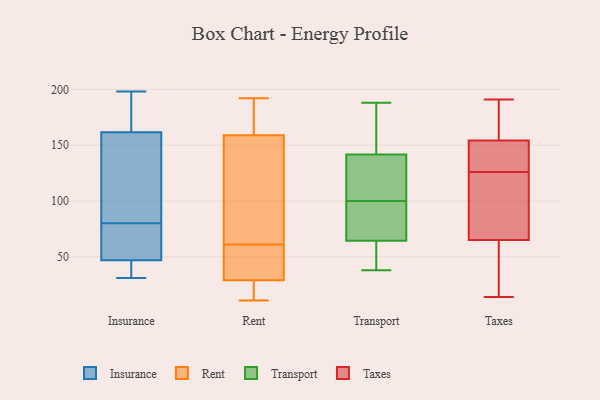
{"axis": {"x": "Satisfaction Score", "y": "Value"}, "legend": ["Insurance", "Rent", "Taxes", "Transport"], "data": [{"x": "", "y": 80, "type": "Insurance"}, {"x": "", "y": 47, "type": "Insurance"}, {"x": "", "y": 47, "type": "Insurance"}, {"x": "", "y": 31, "type": "Insurance"}, {"x": "", "y": 163, "type": "Insurance"}, {"x": "", "y": 198, "type": "Insurance"}, {"x": "", "y": 74, "type": "Insurance"}, {"x": "", "y": 153, "type": "Insurance"}, {"x": "", "y": 157, "type": "Insurance"}, {"x": "", "y": 183, "type": "Insurance"}, {"x": "", "y": 36, "type": "Insurance"}, {"x": "", "y": 41, "type": "Rent"}, {"x": "", "y": 13, "type": "Rent"}, {"x": "", "y": 11, "type": "Rent"}, {"x": "", "y": 61, "type": "Rent"}, {"x": "", "y": 141, "type": "Rent"}, {"x": "", "y": 44, "type": "Rent"}, {"x": "", "y": 69, "type": "Rent"}, {"x": "", "y": 21, "type": "Rent"}, {"x": "", "y": 25, "type": "Rent"}, {"x": "", "y": 192, "type": "Rent"}, {"x": "", "y": 122, "type": "Rent"}, {"x": "", "y": 45, "type": "Rent"}, {"x": "", "y": 176, "type": "Rent"}, {"x": "", "y": 169, "type": "Rent"}, {"x": "", "y": 165, "type": "Rent"}, {"x": "", "y": 100, "type": "Transport"}, {"x": "", "y": 78, "type": "Transport"}, {"x": "", "y": 67, "type": "Transport"}, {"x": "", "y": 81, "type": "Transport"}, {"x": "", "y": 184, "type": "Transport"}, {"x": "", "y": 171, "type": "Transport"}, {"x": "", "y": 57, "type": "Transport"}, {"x": "", "y": 119, "type": "Transport"}, {"x": "", "y": 188, "type": "Transport"}, {"x": "", "y": 132, "type": "Transport"}, {"x": "", "y": 126, "type": "Transport"}, {"x": "", "y": 38, "type": "Transport"}, {"x": "", "y": 48, "type": "Transport"}, {"x": "", "y": 68, "type": "Taxes"}, {"x": "", "y": 139, "type": "Taxes"}, {"x": "", "y": 174, "type": "Taxes"}, {"x": "", "y": 128, "type": "Taxes"}, {"x": "", "y": 191, "type": "Taxes"}, {"x": "", "y": 85, "type": "Taxes"}, {"x": "", "y": 32, "type": "Taxes"}, {"x": "", "y": 69, "type": "Taxes"}, {"x": "", "y": 156, "type": "Taxes"}, {"x": "", "y": 14, "type": "Taxes"}, {"x": "", "y": 126, "type": "Taxes"}, {"x": "", "y": 29, "type": "Taxes"}, {"x": "", "y": 149, "type": "Taxes"}, {"x": "", "y": 94, "type": "Taxes"}, {"x": "", "y": 148, "type": "Taxes"}, {"x": "", "y": 191, "type": "Taxes"}, {"x": "", "y": 159, "type": "Taxes"}, {"x": "", "y": 57, "type": "Taxes"}, {"x": "", "y": 64, "type": "Taxes"}]}